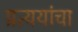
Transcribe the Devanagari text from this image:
प्रत्ययांचा